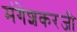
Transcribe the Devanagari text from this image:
मंगेशकरजी